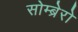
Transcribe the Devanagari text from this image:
सोम्ब्रेरो